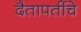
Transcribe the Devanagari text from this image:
दैतापतींचे